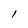
Character: l